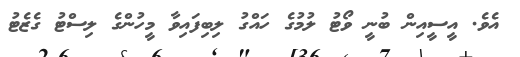
އެވެ. އީސީއިން ބުނީ ވޯޓު ލުމުގެ ހައްގު ލިބިފައިވާ މީހުންގެ ލިސްޓު ގެޒެޓު